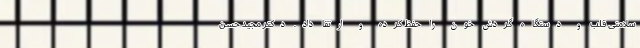
سلامتی قلب و دستگاه گردش خون را حفظ کرده و ارتقا داد. دکتر مجید حسن